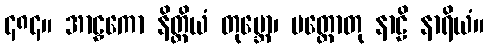
၄၈၄။ အာဠှကော နိတ္ထိယံ တုမ္ဘော၊ ပတ္ထောတု နာဠိ နာရိယံ။